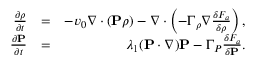
\begin{array} { r l r } { \frac { \partial \rho } { \partial t } } & { = } & { - v _ { 0 } \nabla \cdot ( { \bf P } \rho ) - \nabla \cdot \left( - \Gamma _ { \rho } \nabla \frac { \delta F _ { a } } { \delta \rho } \right) , } \\ { \frac { \partial { \bf P } } { \partial t } } & { = } & { \lambda _ { 1 } ( { \bf P } \cdot \nabla ) { \bf P } - \Gamma _ { P } \frac { \delta F _ { a } } { \delta { \bf P } } . } \end{array}